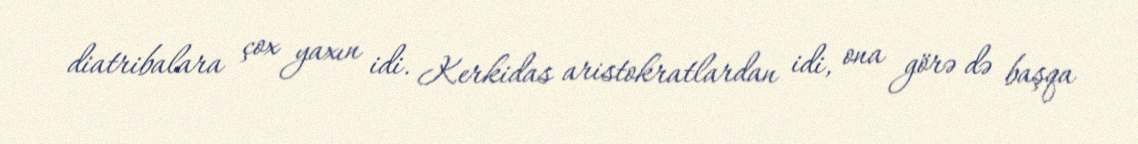
diatribalara çox yaxın idi. Kerkidas aristokratlardan idi, ona görə də başqa